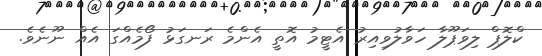
ކްލޮޕް ލިވަޕޫލާ ހަވާލުވިއިރު އެޓީމު އޮތީ އެންމެ ރަނގަޅު ފޯމެއްގަ އެއް ނޫނެވެ.